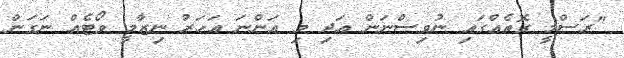
"ރަސްމީ ގޮތެއްގައި ނުވިސްނަން އަދި މި އަންނަ އަހަރު ނިޒާމީ ވޯޓެއް ނަގަން